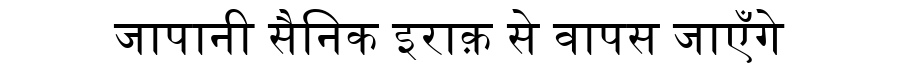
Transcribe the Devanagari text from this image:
जापानी सैनिक इराक़ से वापस जाएँगे